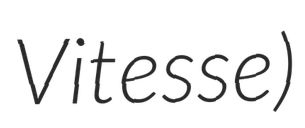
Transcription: Vitesse)